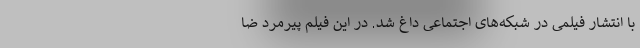
با انتشار فیلمی در شبکه‌های اجتماعی داغ شد. در این فیلم پیرمرد ضا